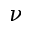
\boldsymbol \nu